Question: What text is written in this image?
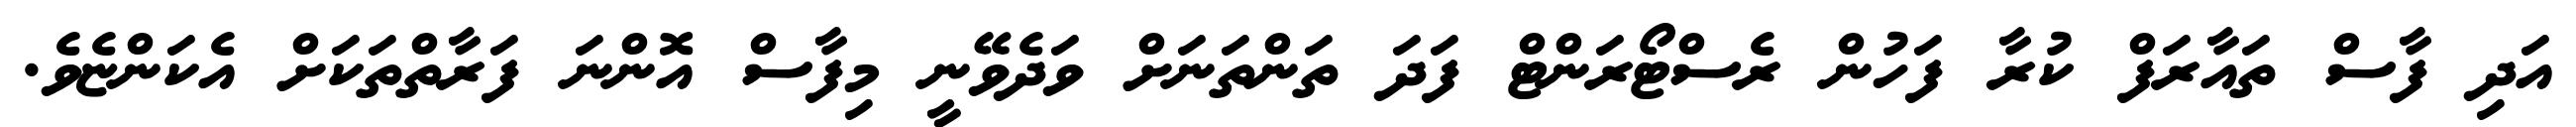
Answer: އަދި ފާސް ތައާރަފް ކުރާ ފަހުން ރެސްޓޯރަންޓް ފަދަ ތަންތަނަށް ވަދެވޭނީ މިފާސް އޮންނަ ފަރާތްތަކަށް އެކަންޏެވެ.